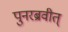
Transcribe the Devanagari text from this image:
पुनरब्रवीत्